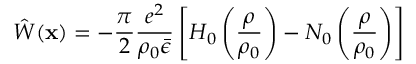
\hat { W } ( { \bf x } ) = - \frac { \pi } { 2 } \frac { e ^ { 2 } } { \rho _ { 0 } \bar { \epsilon } } \left[ H _ { 0 } \left( \frac { \rho } { \rho _ { 0 } } \right) - N _ { 0 } \left( \frac { \rho } { \rho _ { 0 } } \right) \right]